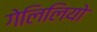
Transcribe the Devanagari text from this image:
गेलिलियो